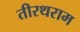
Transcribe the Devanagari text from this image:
तीरथराम